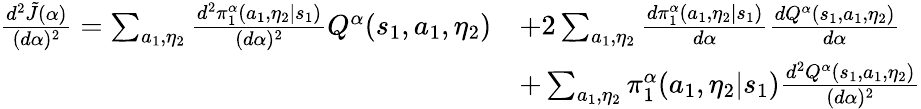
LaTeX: \begin{array}{rl}{\frac{d^{2}\tilde{J}(\alpha)}{(d\alpha)^{2}}=\sum_{a_{1},\eta_{2}}\frac{d^{2}\pi_{1}^{\alpha}(a_{1},\eta_{2}|s_{1})}{(d\alpha)^{2}}Q^{\alpha}(s_{1},a_{1},\eta_{2})}&{+2\sum_{a_{1},\eta_{2}}\frac{d\pi_{1}^{\alpha}(a_{1},\eta_{2}|s_{1})}{d\alpha}\frac{dQ^{\alpha}(s_{1},a_{1},\eta_{2})}{d\alpha}}\\ &{+\sum_{a_{1},\eta_{2}}\pi_{1}^{\alpha}(a_{1},\eta_{2}|s_{1})\frac{d^{2}Q^{\alpha}(s_{1},a_{1},\eta_{2})}{(d\alpha)^{2}}}\end{array}